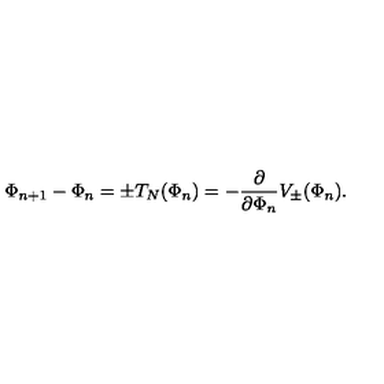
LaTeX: \Phi _ { n + 1 } - \Phi _ { n } = \pm T _ { N } ( \Phi _ { n } ) = - \frac { \partial } { \partial \Phi _ { n } } V _ { \pm } ( \Phi _ { n } ) .